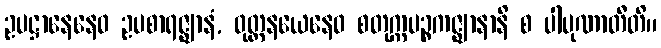
ဥပဋ္ဌာနေနေဝ ဥပစာရဇ္ဈာနံ, ဝုတ္တနယေနေဝ စတုက္ကပဉ္စကဇ္ဈာနာနိ စ ပါပုဏာတီတိ။